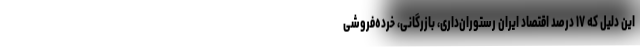
این دلیل که ۱۷ درصد اقتصاد ایران رستوران‌داری، بازرگانی، خرده‌فروشی